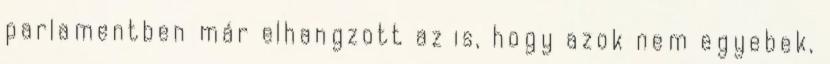
parlamentben már elhangzott az is, hogy azok nem egyebek,